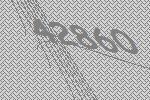
42860